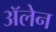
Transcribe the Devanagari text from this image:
ॲलेन